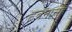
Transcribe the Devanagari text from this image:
हवनासह